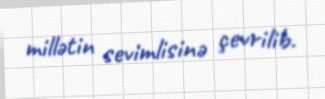
millətin sevimlisinə çevrilib.